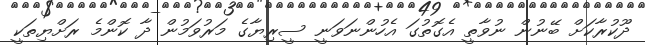
ދޫކުރާކަށް ބޭނުން ނުވާތީ އެގޮތުގަ އެހުންނަވަނީ ސީރިޔާގެ މަރުވަމުން ދާ ކޮންމެ ރަށްޔިތަކީ